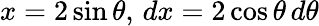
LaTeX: x=2\sin\theta,\, dx=2\cos\theta\, d\theta